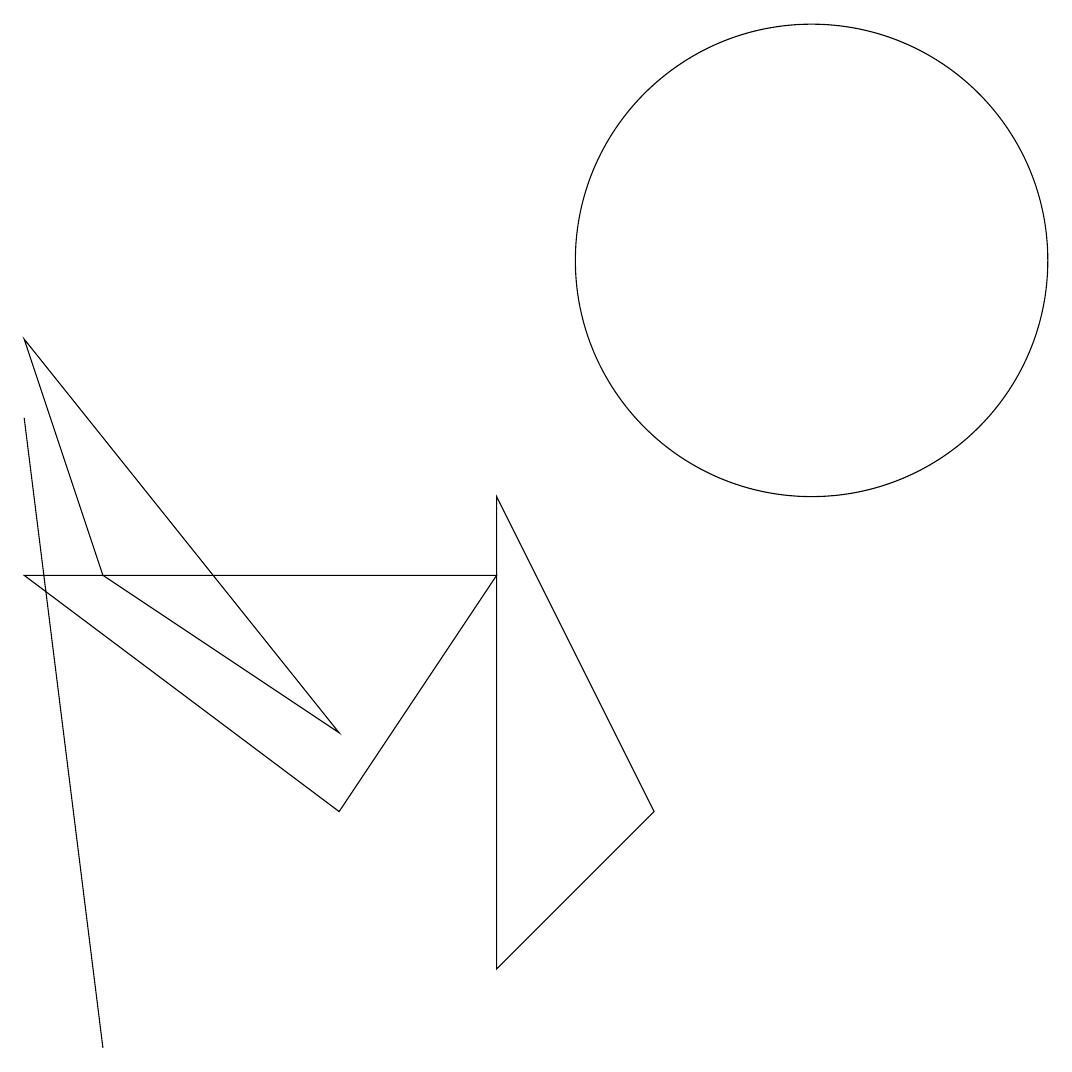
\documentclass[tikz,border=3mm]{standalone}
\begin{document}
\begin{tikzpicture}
\draw (0,9) -- (4,4) -- (1,6) -- cycle;
\draw (1,0) -- (1,0) -- (0,8) -- cycle;
\draw (6,6) -- (4,3) -- (0,6) -- cycle;
\draw (6,1) -- (6,7) -- (8,3) -- cycle;
\draw (10,10) circle (3);
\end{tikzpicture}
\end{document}